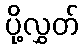
ပို့လွှတ်